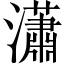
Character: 瀟